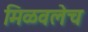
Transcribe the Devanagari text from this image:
मिळवलेच